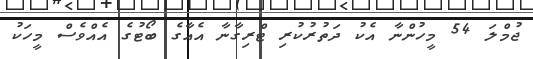
ޖުމްލަ 54 މީހުންނާ އެކު ދަތުރުކުރި ޓްރިގާނާ އެއާގެ ބޯޓުގެ އެއްވެސް މީހަކު